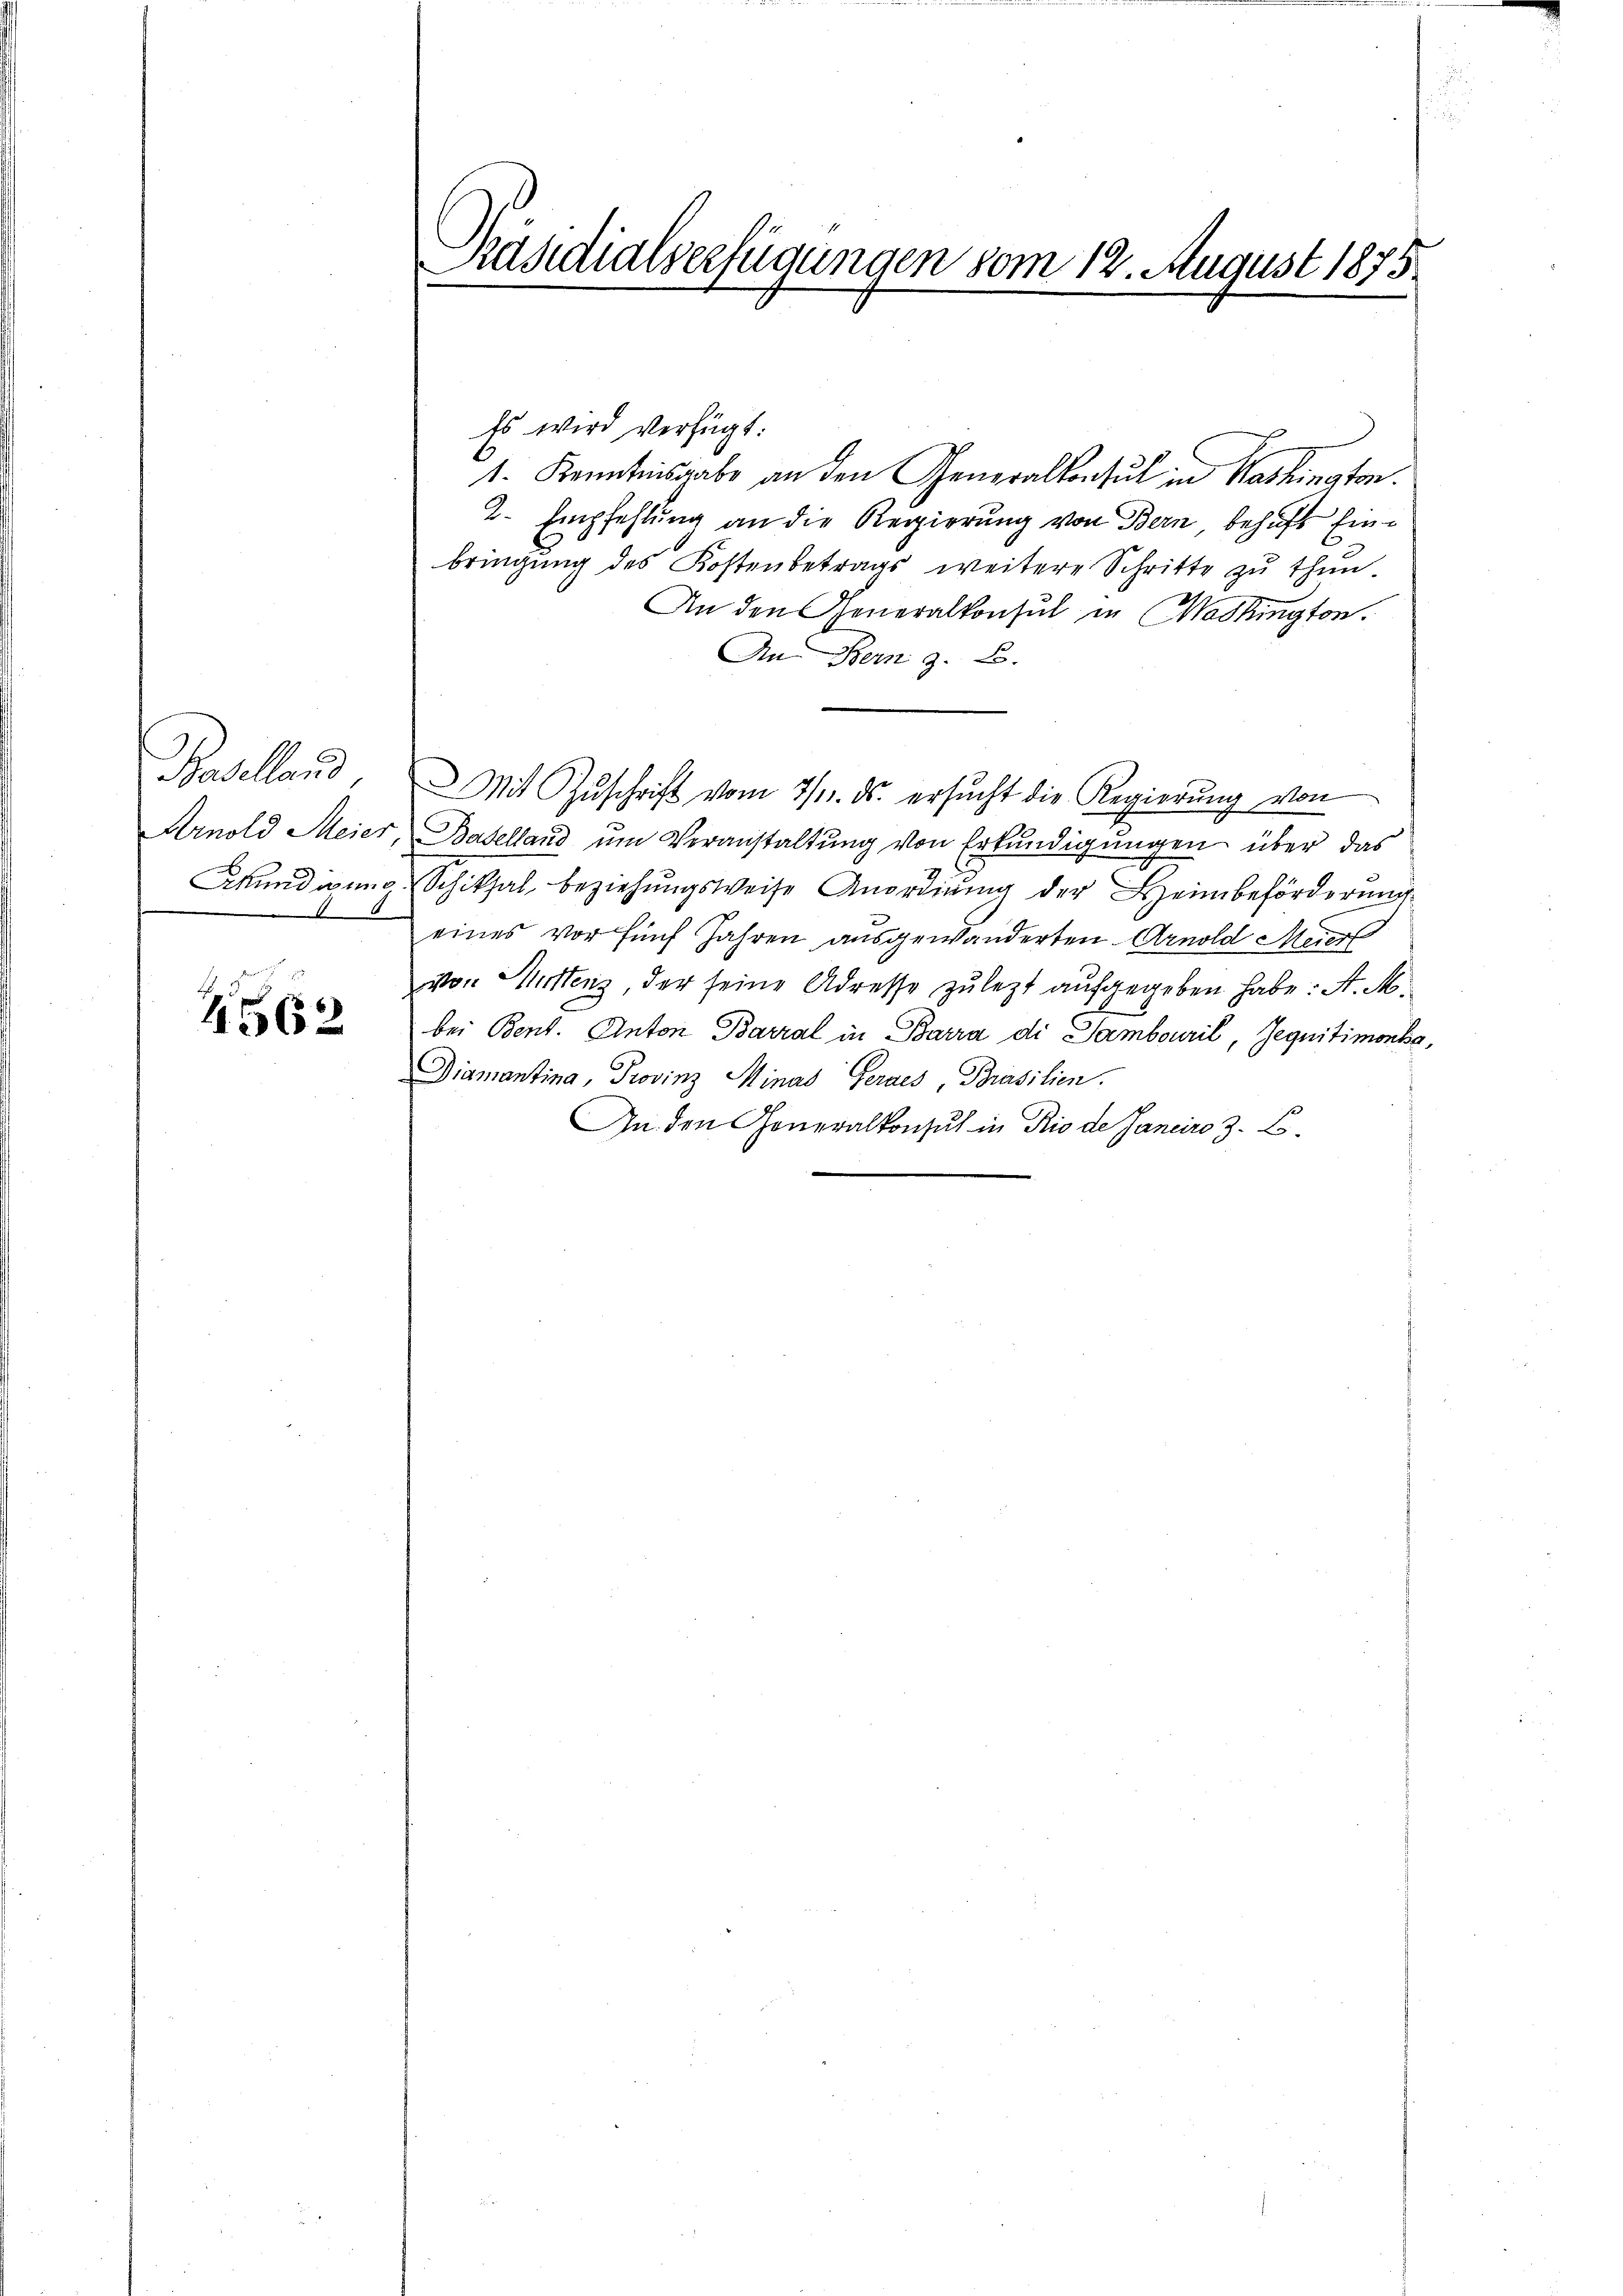
Baselland
Sekundis und
6

2562

Präsidialverfügungen vom 12. August 1875.

Es wird verfügt:
1. Kenntnisgabe an den Generalkonsul in Washington.
2. Empfehlung an die Regierung von Bern, behufs Einbringung des Kostenbetrags weitere Schritte zu thun.
An den Generalkonsul in Maskington.
An Bern z. B.
Arnold Meier, Baselland um Veranstaltung von Erkundigungen über das
Schithal, beziehŭngsweise Anordnŭng der Heimbeförderung
eines vor fünf Jahren ausgewänderten Arnold Meerf
von Mittenz, der seine Adresse zulezt aufgegeben habe: St. M.
bei Bent. Anton Barral in Barra di Sambouril, seguitimonka,
Diamantina, Provinz Minas Fernes Brasilien.
An den Generalkonsul in Rio de Janeiro 3. Co¬

Mit Zŭschrift vom 21. ds. ersŭcht die Regierŭng von